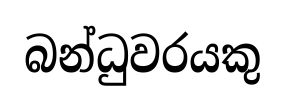
බන්ධුවරයකු